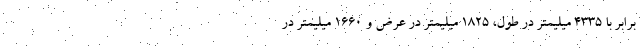
برابر با 4335 میلیمتر در طول، 1825 میلیمتر در عرض و 1660 میلیمتر در